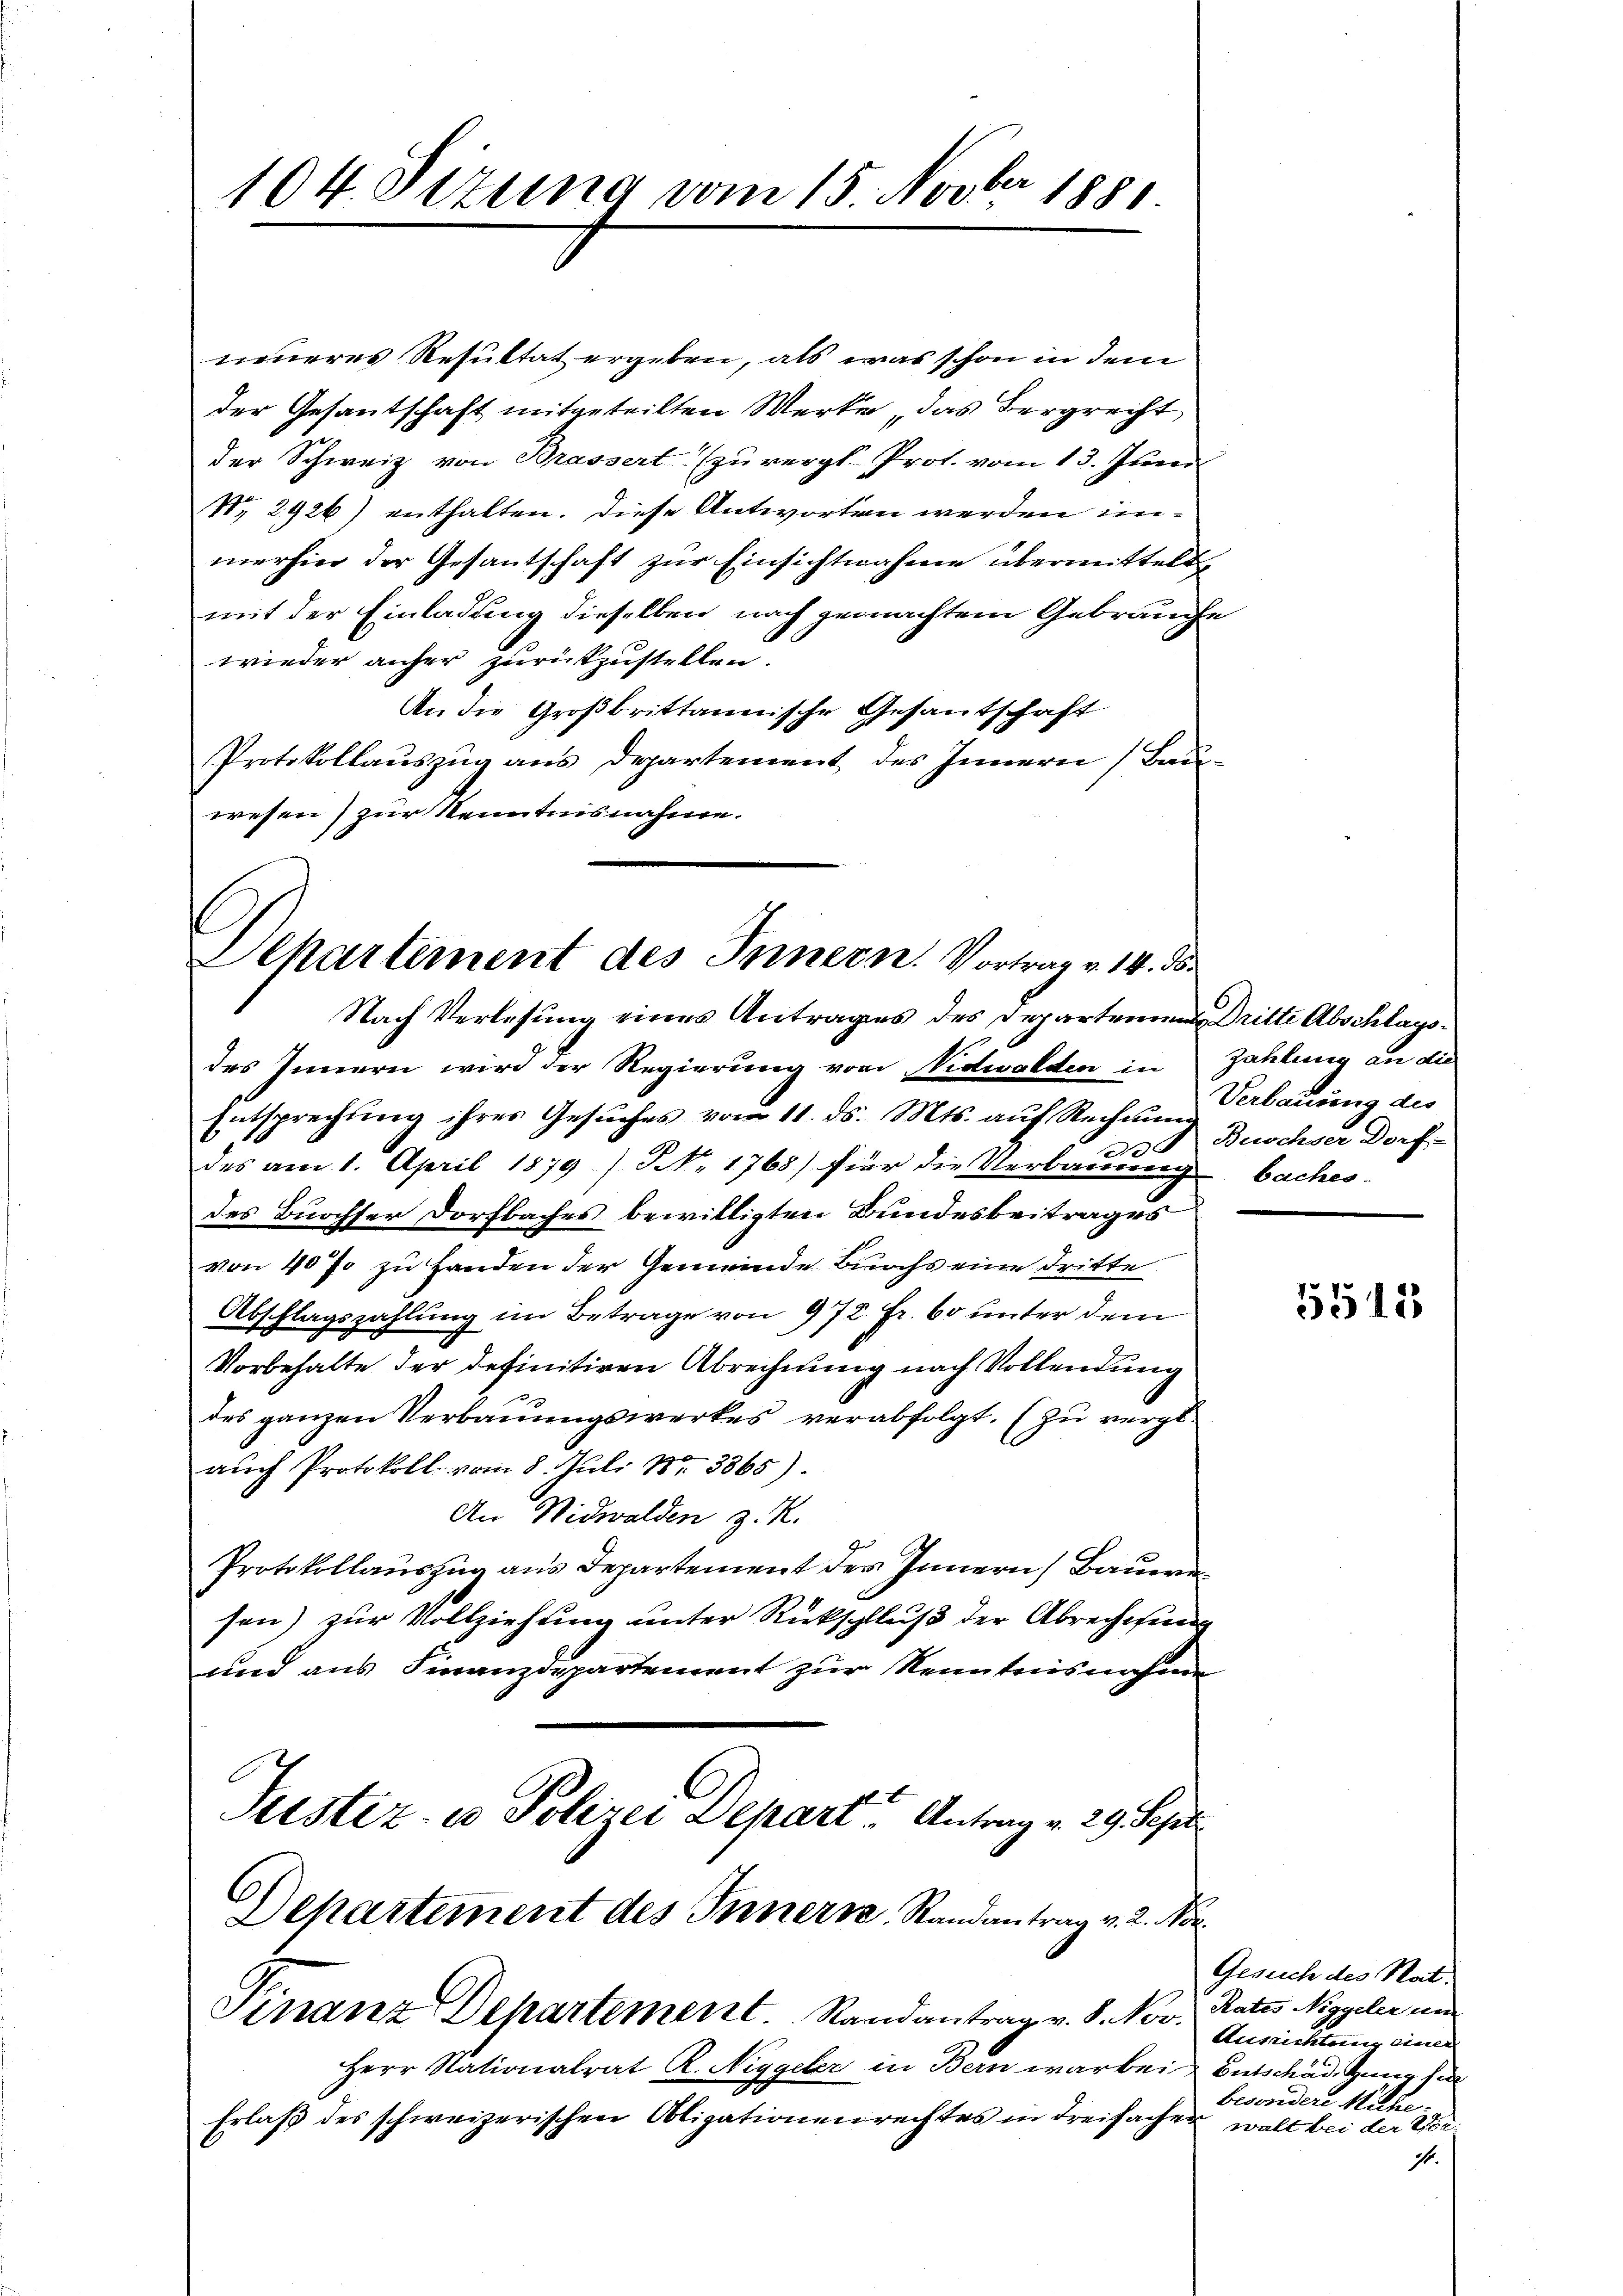
104. Sezung vom 15. Novber 1881.

neueres Resultat ergeben, als was schon in dem
der Gesantschaft mitgeteilten Werke, das Bergrecht
der Schweiz von Brassert zu vergl. Prof. vom 13. Juni
 2926) enthalten. Diese Antworten werden immerhin der Gesantschaft zur Einsichtnahme übermittelt
mit der Einladung dieselben nach gemachtem Gebrauche
wieder anher zurückzustellen.
An die Großbrittannische Gesantschaft
Protokollauszug aus Departement des Innern (Bau-
wesen) zur Kenntnisnahme.
Nach Verlesung eines Antrages des Departen Dritte Abschlagsdes Innern wird der Regierung von Nidwalden in Zahlung an die
Entsprechung ihres Gesuches vom 11. ds. Mts. auf Rechnung
.
des am 1. April 1879 / NNo. 1768.) für die Verbauung baches.
des Burchser Dorfbaches bewilligten Bundesbeitrages
von 40% zu Handen der Gemeinde Burchs eine dritte
Abschlagszahlung im Betrage von 972. Fr. 60 unter dem
Vorbehalte der definitiven Abrechnung nach Vollendung
des ganzen Verbauungswerkes verabfolgt. (Zu vergl.
auch Protokoll vom 8. Juli 13365).
An Nidwalden z. R.
Protokollauszug aus Departement des Innern, Bauwe
sen) zur Vollziehung unter Rückschluß der Abrechnung
und aus Finanzdepartement zur Kenntnisnahme
Justiz- u Polizei Departe Antrag v. 29. Sept
Departement des Innern, Randantrag v. 2. Vor¬
Finanz Departement. Randantrag v. P. Nov. Rates Niggeler und
Herr Nationalrat R. Niggeler in Bern war bei Entschädigung der
Erlaß des schweizerischen Obligationenrechtes in dreisachen wolt bei der Vor¬

Dehartement des Innern. Vortrag v. 14. ds.

Verbauung des
Buochser Dorf-

5515

Gesuch des Rat.
Ausicklung einer
besondere Mühe